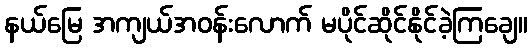
နယ်မြေ အကျယ်အဝန်းလောက် မပိုင်ဆိုင်နိုင်ခဲ့ကြချေ။